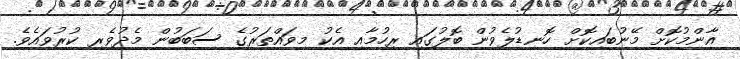
އާންމުކޮށް މޭނުބައިކޮށް ހޮނޑުލެވުން ބޮލުގައި ރިހުމާއި އެކު މިވައްތަރުގެ ސަބަބުން މެދުވެރި ކުރުވައެވެ.